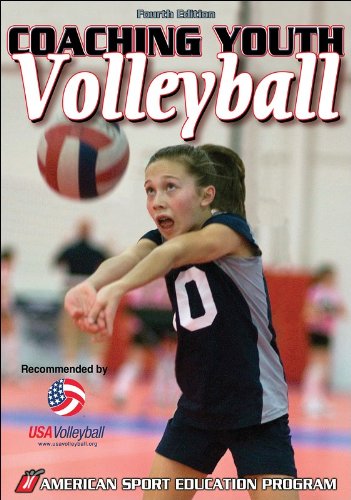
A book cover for Coaching Youth Volleyball - 4th Edition (Coaching Youth Sports); American Sport Education Program; Sports & Outdoors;